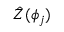
\hat { Z } ( \phi _ { j } )